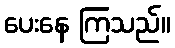
ပေးနေ ကြသည်။